Annual report on the Civil Veterinary Department, Burma (including the Insein Veterinary School) - 1932-1941
Year: 1932
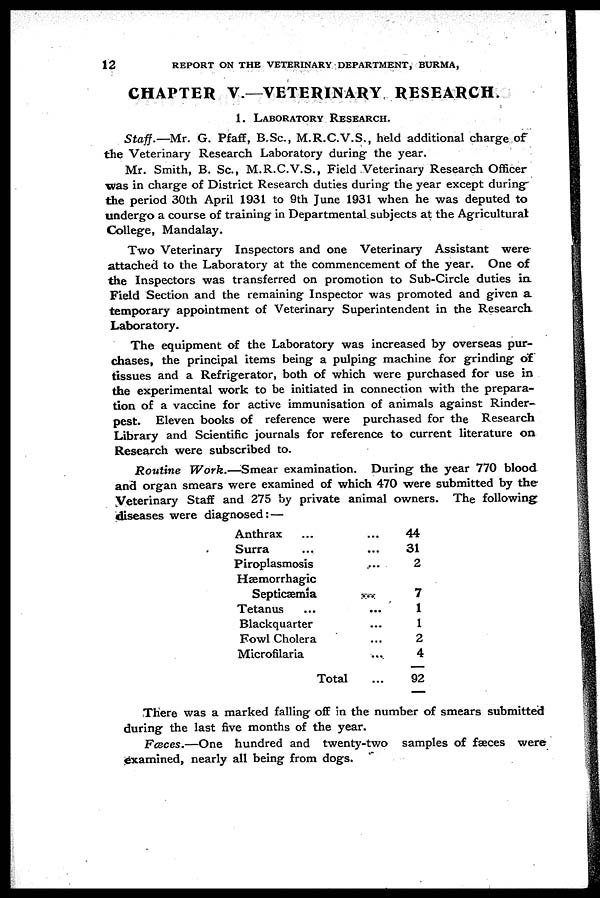
12
REPORT ON THE VETERINARY DEPARTMENT, BURMA,
CHAPTER V—VETERINARY RESEARCH.
1. LABORATORY RESEARCH.
Staff.— Mr. G. Pfaff, B.Sc., M.R.C.V.S., held additional charge of
the Veterinary Research Laboratory during the year.
Mr. Smith, B. Sc., M.R.C.V.S., Field Veterinary Research Officer
was in charge of District Research duties during the year except during
the period 30th April 1931 to 9th June 1931 when he was deputed to
undergo a course of training in Departmental subjects at the Agricultural
College, Mandalay.
Two Veterinary Inspectors and one Veterinary Assistant were
attached to the Laboratory at the commencement of the year. One of
the Inspectors was transferred on promotion to Sub-Circle duties in
Field Section and the remaining Inspector was promoted and given a
temporary appointment of Veterinary Superintendent in the Research
Laboratory.
The equipment of the Laboratory was increased by overseas pur-
chases, the principal items being a pulping machine for grinding of
tissues and a Refrigerator, both of which were purchased for use in
the experimental work to be initiated in connection with the prepara-
tion of a vaccine for active immunisation of animals against Rinder-
pest. Eleven books of reference were purchased for the Research
Library and Scientific journals for reference to current literature on
Research were subscribed to.
Routine Work.—Smear examination. During the year 770 blood
and organ smears were examined of which 470 were submitted by the
Veterinary Staff and 275 by private animal owners. The following
diseases were diagnosed: —
Anthrax ...
Surra ...
Piroplasmosis
Hæmorrhagic
Septicæmia
Tetanus ...
Blackquarter
Fowl Cholera
Microfilaria
Total
...
...
...
...
...
...
...
...
...
44
31
2
7
1
1
2
4
92
There was a marked falling off in the number of smears submitted
during the last five months of the year.
Fceces.—One hundred and twenty-two samples of faeces were
examined, nearly all being from dogs.